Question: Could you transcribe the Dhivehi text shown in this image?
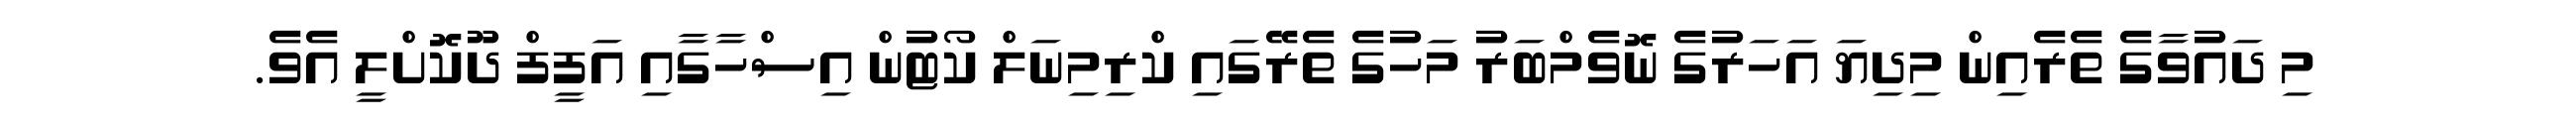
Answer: މި ދައުވާގެ ތެރެއިން މިދިޔަ އަހަރުގެ ނޮވެމްބަރު މަހުގެ ތެރޭގައި ކްރިމިނަލް ކޯޓުން އިސްހާގާއި އަފީފް ދޫކޮށްލީ އެވެ.